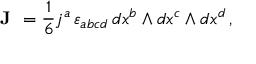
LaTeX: { \textbf { J } } = { \frac { 1 } { 6 } } j ^ { a } \, \varepsilon _ { a b c d } \, d x ^ { b } \wedge d x ^ { c } \wedge d x ^ { d } \, ,